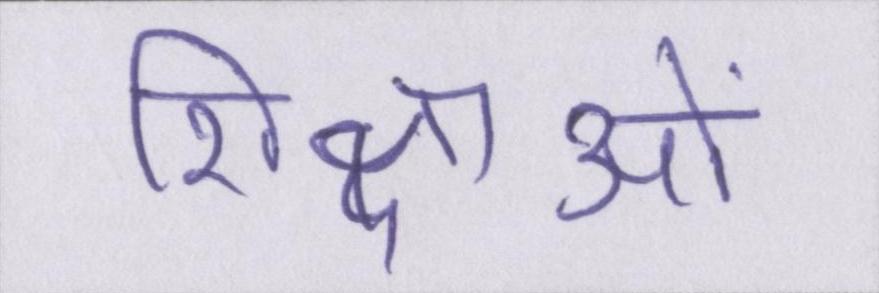
शिक्षाओं